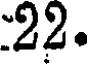
22.